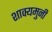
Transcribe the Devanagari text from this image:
शाक्यमुनी